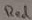
Text: Red